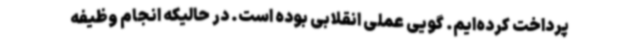
پرداخت کرده‌ایم. گویی عملی انقلابی بوده است. در حالیکه انجام وظیفه